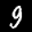
Label: 9